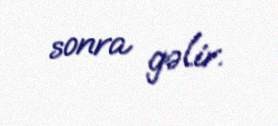
sonra gəlir.